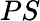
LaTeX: PS